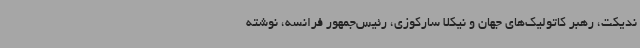
ندیکت، رهبر کاتولیک‌های جهان و نیکلا سارکوزی، رئیس‌جمهور فرانسه، نوشته